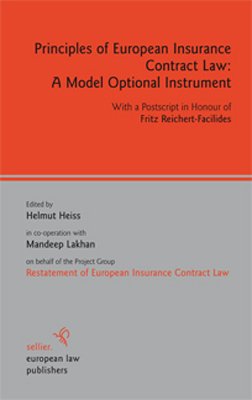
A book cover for Principles of European Insurance Contract Law: A Model Optional Instrument: With a Postscript in Honour of Fritz Reichert-Facilides; Law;